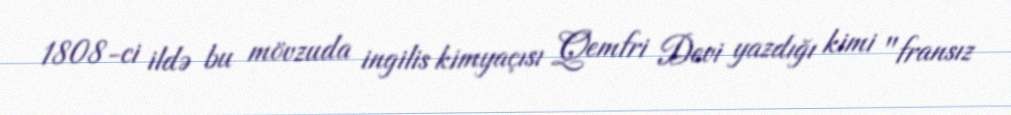
1808-ci ildə bu mövzuda ingilis kimyaçısı Qemfri Devi yazdığı kimi "fransız